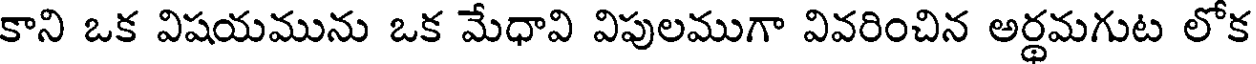
కాని ఒక విషయమును ఒక మేధావి విపులముగా వివరించిన అర్థమగుట లోక